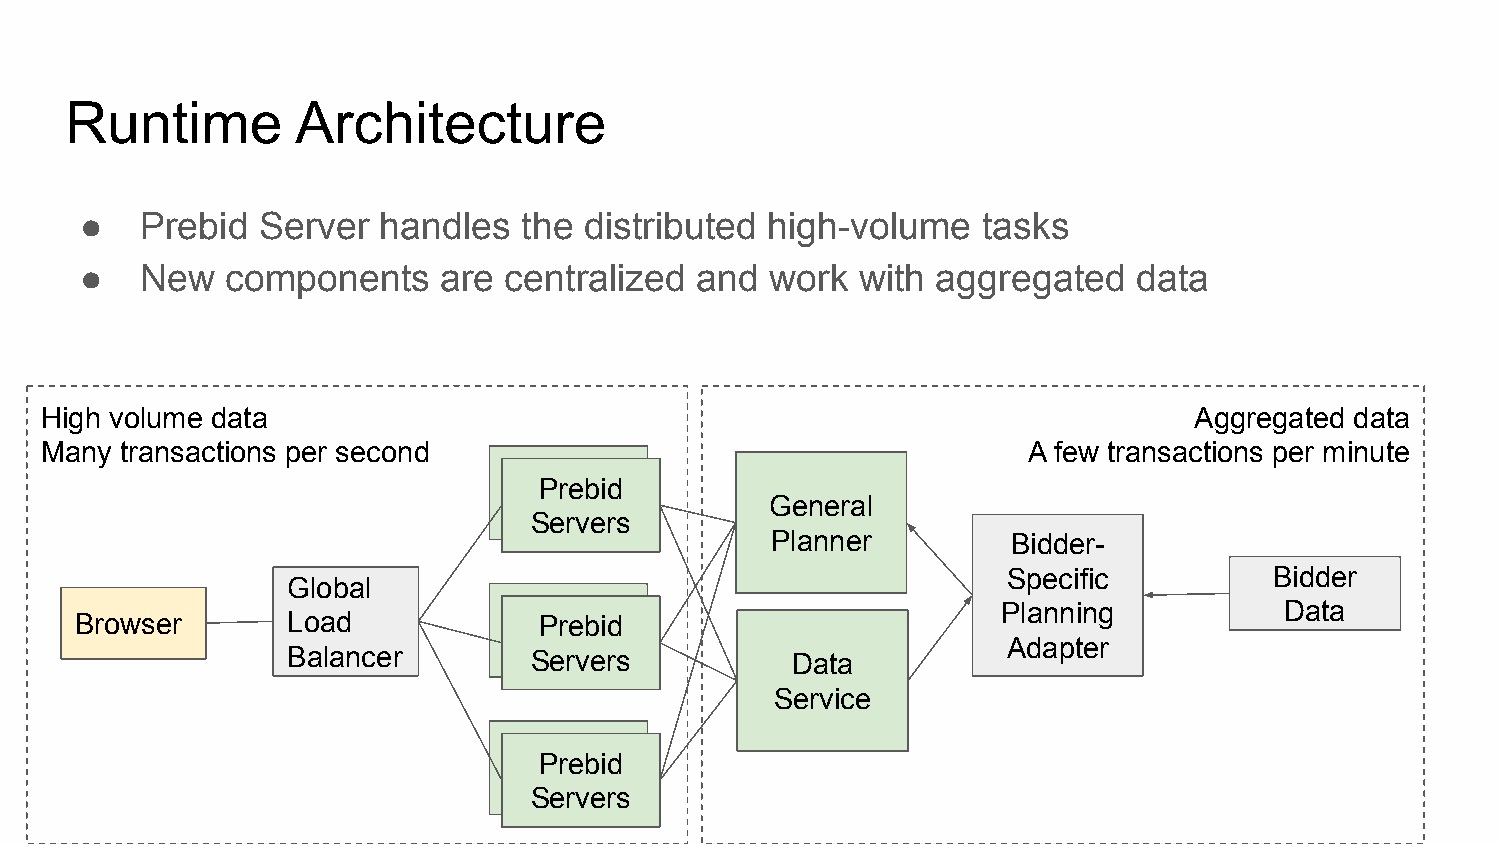
Runtime         Architecture
 ●   Prebid  Server  handles   the distributed high-volume   tasks
 ●   New   components    are centralized  and  work  with aggregated   data
 High volume data                                                            Aggregated data
 Many transactions per second                                     A few transactions per minute
 Prebid
 Prebid
 Servers          General
 Servers
 Planner         Bidder-
 Specific         Bidder
 Global
 Prebid                         Planning           Data
 Browser       Load             Prebid
 Servers                          Adapter
 Balancer        Servers          Data
 Service
 Prebid
 Prebid
 Servers
 Servers